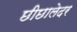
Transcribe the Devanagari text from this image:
छीछालेदर